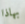
بهاذا